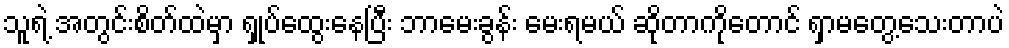
သူရဲ့ အတွင်းစိတ်ထဲမှာ ရှုပ်ထွေးနေပြီး ဘာမေးခွန်း မေးရမယ် ဆိုတာကိုတောင် ရှာမတွေ့သေးတာပဲ